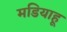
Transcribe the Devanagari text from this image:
मडियाहू